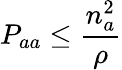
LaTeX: P_{aa}\leq\frac{n_{a}^{2}}{\rho}